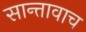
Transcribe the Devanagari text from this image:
सान्तावाच